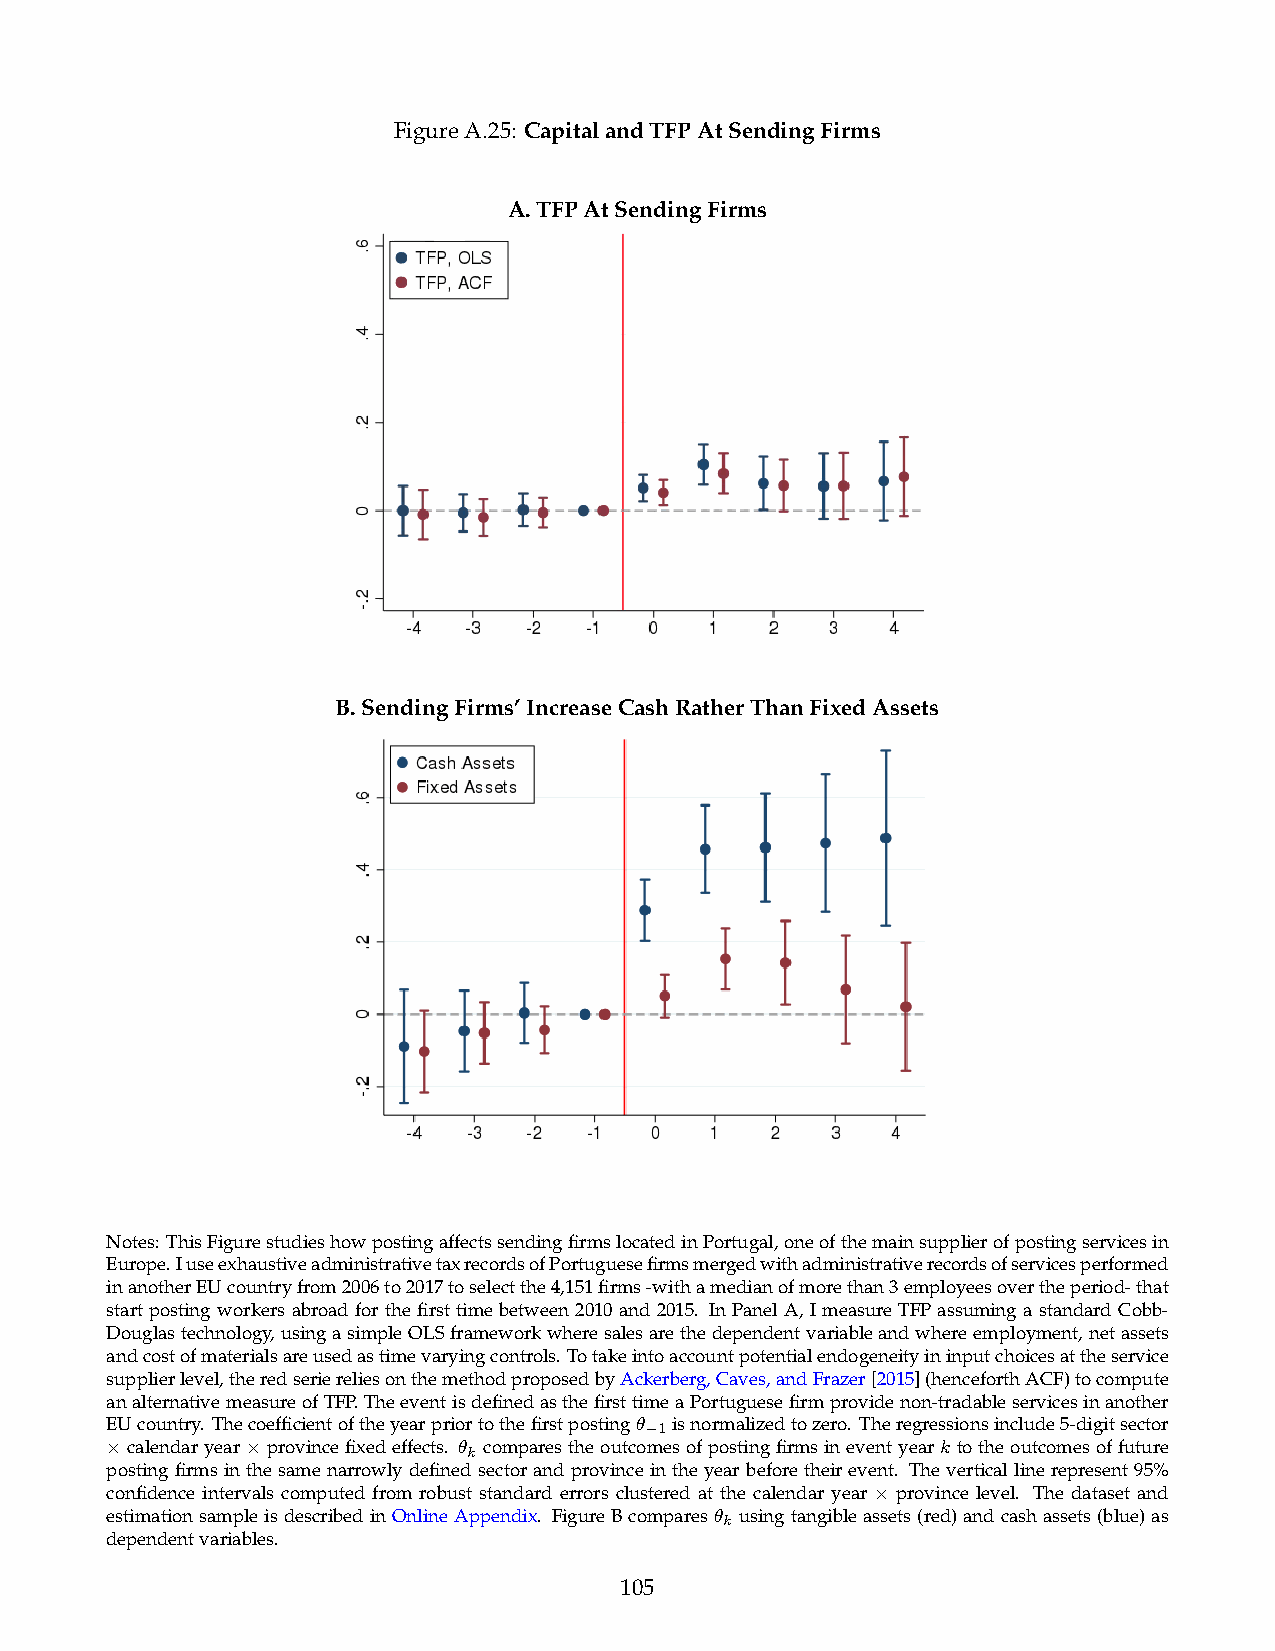
FigureA.25: CapitalandTFPAtSendingFirms
 A.TFPAtSendingFirms
 B.SendingFirms’IncreaseCashRatherThanFixedAssets
 Notes: ThisFigurestudieshowpostingaffectssendingfirmslocatedinPortugal,oneofthemainsupplierofpostingservicesin
 Europe.IuseexhaustiveadministrativetaxrecordsofPortuguesefirmsmergedwithadministrativerecordsofservicesperformed
 inanotherEUcountryfrom2006to2017toselectthe4,151firms-withamedianofmorethan3employeesovertheperiod-that
 startpostingworkersabroadforthefirsttimebetween2010and2015. InPanelA,ImeasureTFPassumingastandardCobb-
 Douglastechnology,usingasimpleOLSframeworkwheresalesarethedependentvariableandwhereemployment,netassets
 andcostofmaterialsareusedastimevaryingcontrols. Totakeintoaccountpotentialendogeneityininputchoicesattheservice
 supplierlevel,theredseriereliesonthemethodproposedbyAckerberg,Caves,andFrazer[2015](henceforthACF)tocompute
 analternativemeasureofTFP.TheeventisdefinedasthefirsttimeaPortuguesefirmprovidenon-tradableservicesinanother
 EUcountry. Thecoefficientoftheyearpriortothefirstposting✓ 1isnormalizedtozero. Theregressionsinclude5-digitsector

 calendaryear provincefixedeffects. ✓ k comparestheoutcomesofpostingfirmsineventyeark totheoutcomesoffuture
 ⇥        ⇥
 postingfirmsinthesamenarrowlydefinedsectorandprovinceintheyearbeforetheirevent. Theverticallinerepresent95%
 confidence intervals computed from robust standard errors clustered at the calendar year province level. The dataset and
 ⇥
 estimationsampleisdescribedinOnlineAppendix. FigureBcompares✓ k usingtangibleassets(red)andcashassets(blue)as
 dependentvariables.
 105